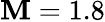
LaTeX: \mathbf{M}=1.8